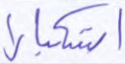
استكبارا